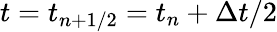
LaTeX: t=t_{n+1/2}=t_{n}+\Delta t/2